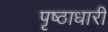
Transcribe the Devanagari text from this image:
पृष्ठाधारी